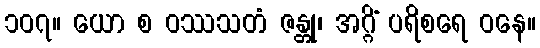
၁၀၇။ ယော စ ဝဿသတံ ဇန္တု၊ အဂ္ဂိံ ပရိစရေ ဝနေ။